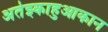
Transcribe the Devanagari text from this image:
अतेझ्काहुआकान